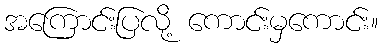
အကြောင်းပြလို့ ကောင်းမှကောင်း။